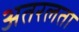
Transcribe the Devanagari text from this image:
अतरलता